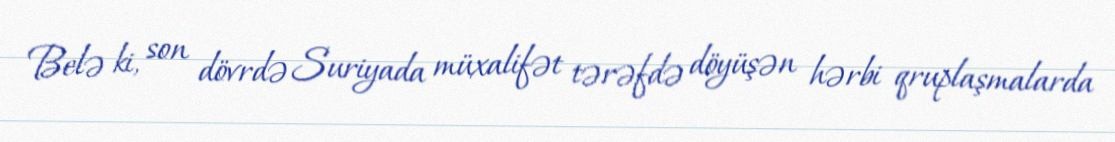
Belə ki, son dövrdə Suriyada müxalifət tərəfdə döyüşən hərbi qruplaşmalarda